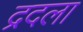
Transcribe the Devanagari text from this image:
द्रदला